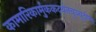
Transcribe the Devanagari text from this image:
कामारिकार्मुककदर्थनचुञ्चुदोष्णः